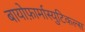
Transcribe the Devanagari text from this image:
बायोफ़ार्मास्युटिकल्स